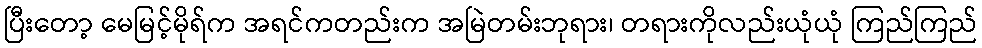
ပြီးတော့ မေမြင့်မိုရ်က အရင်ကတည်းက အမြဲတမ်းဘုရား၊ တရားကိုလည်းယုံယုံ ကြည်ကြည်